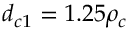
d _ { c 1 } = 1 . 2 5 \rho _ { c }